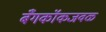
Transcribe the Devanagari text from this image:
बँगकॉकजवळ